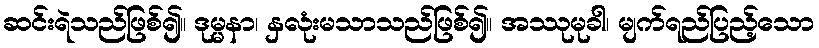
ဆင်းရဲသည်ဖြစ်၍။ ဒုမ္မနာ၊ နှလုံးမသာသည်ဖြစ်၍။ အဿုမုခါ၊ မျက်ရည်ပြည့်သော